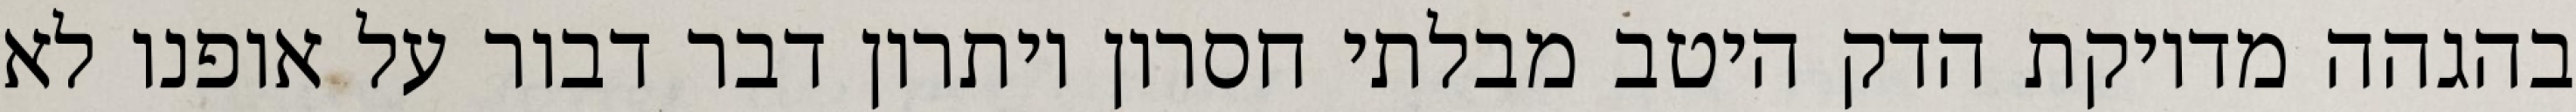
בהגהה מדויקת הדק היטב מבלתי חסרון ויתרון דבר דבור על אופנו לא